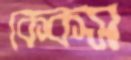
কেকস